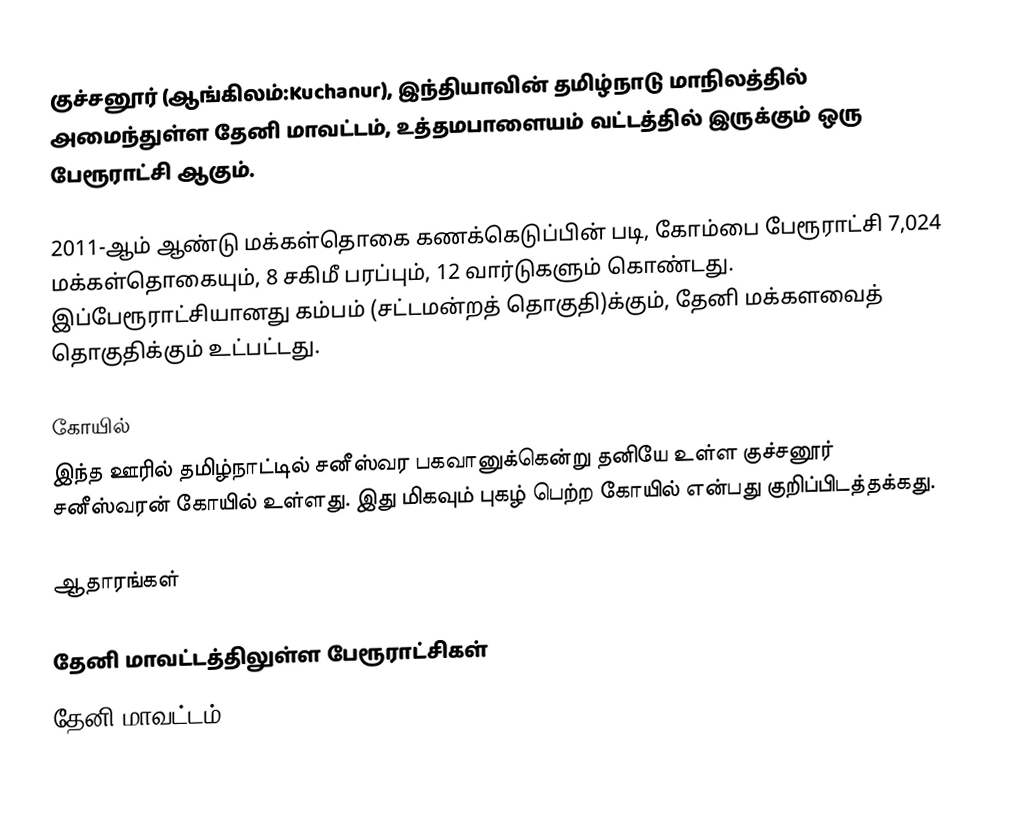
குச்சனூர் (ஆங்கிலம்:Kuchanur), இந்தியாவின் தமிழ்நாடு மாநிலத்தில் அமைந்துள்ள தேனி மாவட்டம், உத்தமபாளையம் வட்டத்தில் இருக்கும் ஒரு பேரூராட்சி ஆகும்.

2011-ஆம் ஆண்டு மக்கள்தொகை கணக்கெடுப்பின்  படி,   கோம்பை பேரூராட்சி 7,024 மக்கள்தொகையும், 8 சகிமீ பரப்பும்,   12   வார்டுகளும் கொண்டது. இப்பேரூராட்சியானது கம்பம் (சட்டமன்றத் தொகுதி)க்கும், தேனி மக்களவைத் தொகுதிக்கும் உட்பட்டது.

கோயில்
இந்த ஊரில் தமிழ்நாட்டில் சனீஸ்வர பகவானுக்கென்று தனியே உள்ள குச்சனூர் சனீஸ்வரன் கோயில் உள்ளது. இது மிகவும் புகழ் பெற்ற கோயில் என்பது குறிப்பிடத்தக்கது.

ஆதாரங்கள்

தேனி மாவட்டத்திலுள்ள பேரூராட்சிகள்
தேனி மாவட்டம்